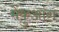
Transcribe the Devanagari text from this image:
मेंकुआंग